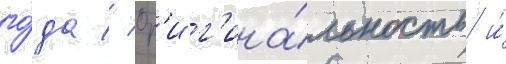
го́да // Ор'иг'ина́льность и́